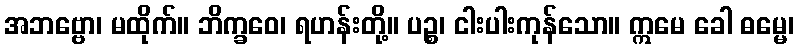
အဘဗ္ဗော၊ မထိုက်။ ဘိက္ခဝေ၊ ရဟန်းတို့။ ပဉ္စ၊ ငါးပါးကုန်သော။ ဣမေ ခေါ ဓမ္မေ၊